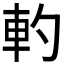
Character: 𰹋